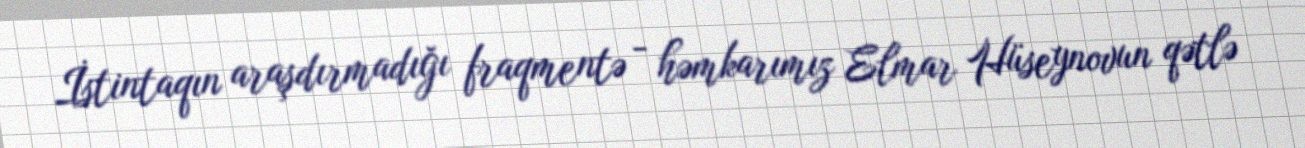
İstintaqın araşdırmadığı fraqmentə - həmkarımız Elmar Hüseynovun qətlə